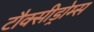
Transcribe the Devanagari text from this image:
टौक्सीड्रोम्स